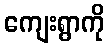
ကျေးရွာကို